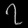
Digit: ၇